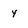
Character: Y